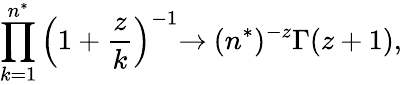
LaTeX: \prod_{k=1}^{n^{*}}\left(1+\frac{z}{k}\right)^{-1}{\rightarrow}~(n^{*})^{-z}\Gamma(z+1),